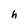
Character: h